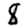
Digit: 8